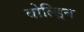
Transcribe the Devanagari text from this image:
बोल्ड्रिन